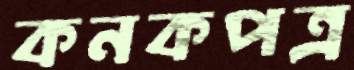
কনকপত্র